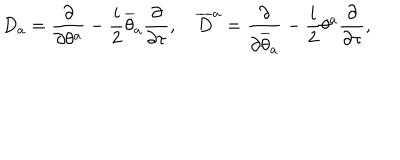
LaTeX: D _ { a } = \frac { \partial } { \partial \theta ^ { a } } - \frac { i } { 2 } \overline { { { \theta } } } _ { a } \frac { \partial } { \partial \tau } , \quad \overline { { { D } } } ^ { a } = \frac { \partial } { \partial \overline { { { \theta } } } _ { a } } - \frac { i } { 2 } \theta ^ { a } \frac { \partial } { \partial \tau } ,